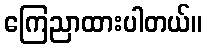
ကြေညာထားပါတယ်။